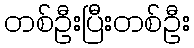
တစ်ဦးပြီးတစ်ဦး